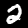
Digit: 2